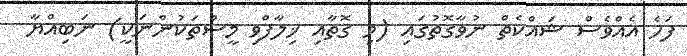
ފަހެ އެއްވެސް ޝައްކެތް ނުވާގޮތުގައި (މި ގޮތާއި ޚިލާފްވި މީސްތަކުންނަކީ) ނަބިއްޔާ